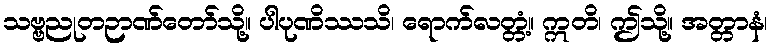
သဗ္ဗညုတဉာဏ်တော်သို့။ ပါပုဏိဿသိ၊ ရောက်လတ္တံ့။ ဣတိ၊ ဤသို့။ အတ္တာနံ၊